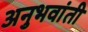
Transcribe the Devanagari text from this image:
अनुभवांती